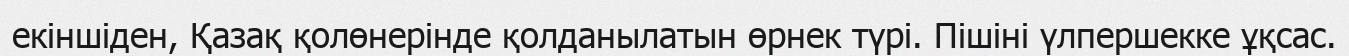
екіншіден, Қазақ қолөнерінде қолданылатын өрнек түрі. Пішіні үлпершекке ұқсас.